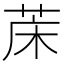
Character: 𮶢